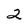
Character: 2